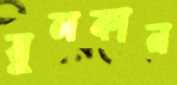
সুলকান